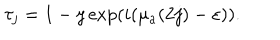
\tau _ { j } = 1 - y \exp ( i ( \mu _ { a } ( 2 j ) - \varepsilon ) ) .